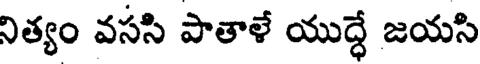
నిత్యం వససి పాతాళే యుద్ధే జయసి